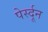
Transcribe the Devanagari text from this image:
पेर्स्दून